Civil Veterinary Department. United Provinces 1923-31 - 1923-1931
Year: 1923
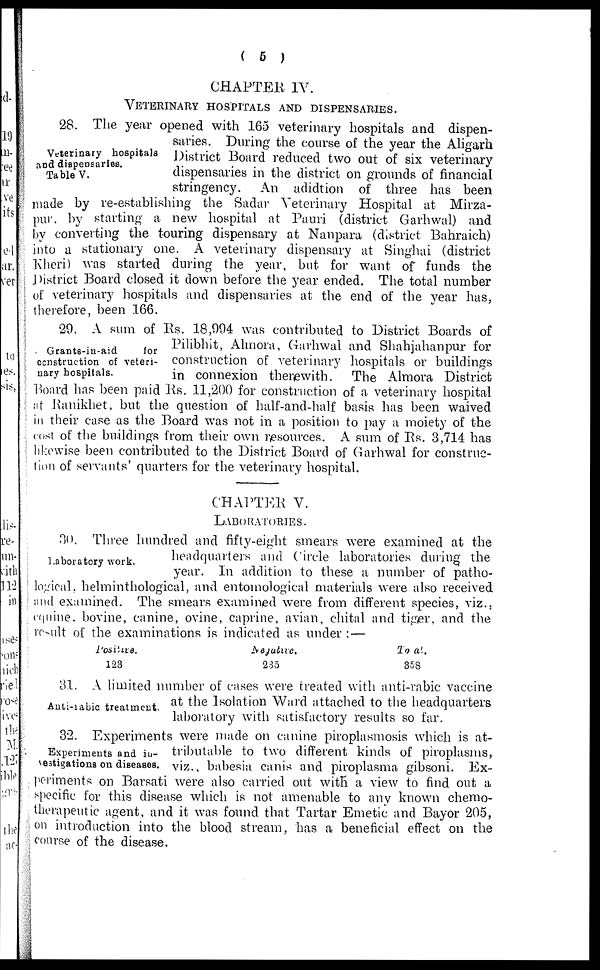
( 5 )
CHAPTER IV.
VETERINARY HOSPITALS AND DISPENSARIES.
Veterinary hospitals
and dispensaries.
Table V.
28. The year opened with 165 veterinary hospitals and dispen-
saries. During the course of the year the Aligarh
District Board reduced two out of six veterinary
dispensaries in the district on grounds of financial
stringency. An adidtion of three has been
made by re-establishing the Sadar Veterinary Hospital at Mirza-
pur by starting a new hospital at Pauri (district Garhwal) and
by converting the touring dispensary at Nanpara (district Bahraich)
into a stationary one. A veterinary dispensary at Singhai (district
Kheri) was started during the year, but for want of funds the
District Board closed it down before the year ended. The total number
of veterinary hospitals and dispensaries at the end of the year has,
therefore, been 166.
Grants-in-aid
for
construction of veteri-
nary hospitals.
29. A sum of Rs. 18,994 was contributed to District Boards of
Pilibhit, Almora, Garhwal and Shahjahanpur for
construction of veterinary hospitals or buildings
in connexion therewith. The Almora District
Board has been paid Rs. 11,200 for construction of a veterinary hospital
at Ranikhet, but the question of half-and-half basis has been waived
in their case as the Board was not in a position to pay a moiety of the
cost of the buildings from their own resources. A sum of Rs. 3,714 has
likewise been contributed to the District Board of Garhwal for construc-
tion of servants' quarters for the veterinary hospital.
CHAPTER V.
LABORATORIES.
Laboratory work.
30. Three hundred and fifty-eight smears were examined at the
headquarters and Circle laboratories during the
year. In addition to these a number of patho-
logical, helminthological, and entomological materials were also received
and examined. The smears examined were from different species, viz.,
equine. bovine, canine, ovine, caprine, avian, chital and tiger, and the
result of the examinations is indicated as under :—
Positure.
123
Negative.
235
Total..
858
Anti-rabic treatment.
31. A limited number of cases were treated with anti-rabic vaccine
at the Isolation Ward attached to the headquarters
laboratory with satisfactory results so far.
Experiments and in-
vestigations on diseases.
32. Experiments were made on canine piroplasmosis which is at-
tributable to two different kinds of piroplasms,
viz., babesia canis and piroplasma gibsoni. Ex-
periments on Barsati were also carried out with a view to find out a
specific for this disease which is not amenable to any known chemo-
therapeutic agent, and it was found that Tartar Emetic and Bayor 205,
on introduction into the blood stream, has a beneficial effect on the
course of the disease.